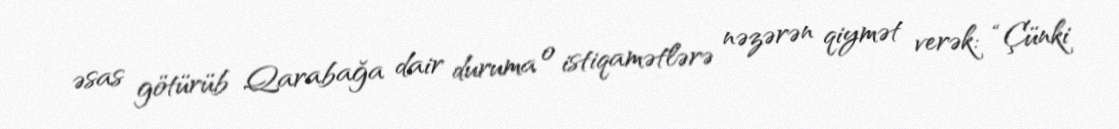
əsas götürüb Qarabağa dair duruma o istiqamətlərə nəzərən qiymət verək: “Çünki